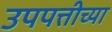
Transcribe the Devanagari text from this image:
उपपत्तीच्या